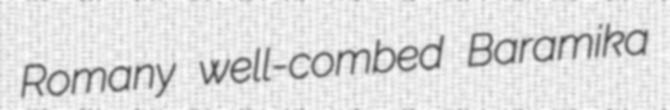
Romany well-combed Baramika